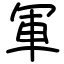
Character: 軍